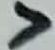
Text: 7